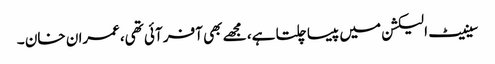
سینیٹ الیکشن میں پیسا چلتا ہے، مجھے بھی آفر آئی تھی،عمران خان ۔